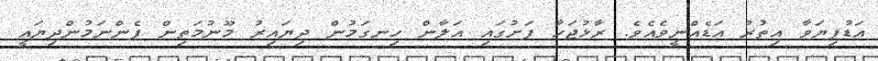
އަޑުފިޔަވާ އިތުރު އަޑެއްނީވެއެވެ. ރާޅުޖަހާ ފަށުގައި އަލާން ހިނގަމުން ދިޔައިރު މޫނުމަތިން ފެންނަމުންދިޔައީ